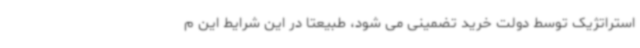
استراتژیک توسط دولت خرید تضمینی می شود، طبیعتا در این شرایط این م